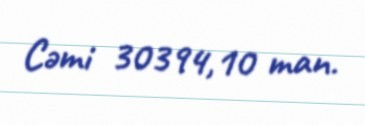
Cəmi 30394,10 man.